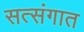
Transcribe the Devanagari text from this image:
सत्संगात